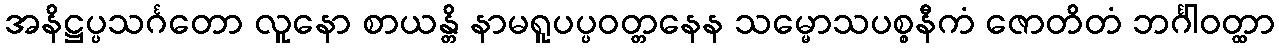
အနိဋ္ဌပ္ပသင်္ဂတော လူနော စာယန္တိ နာမရူပပ္ပဝတ္တနေန သမ္မောသပစ္စနီကံ ဇောတိတံ ဘင်္ဂါဝတ္ထာ